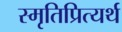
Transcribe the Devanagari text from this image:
स्मृतिप्रित्यर्थ